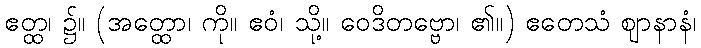
ဧတ္ထ၊ ၌။ (အတ္ထော၊ ကို။ ဧဝံ၊ သို့။ ဝေဒိတဗ္ဗော၊ ၏။) ဧတေသံ ဈာနာနံ၊